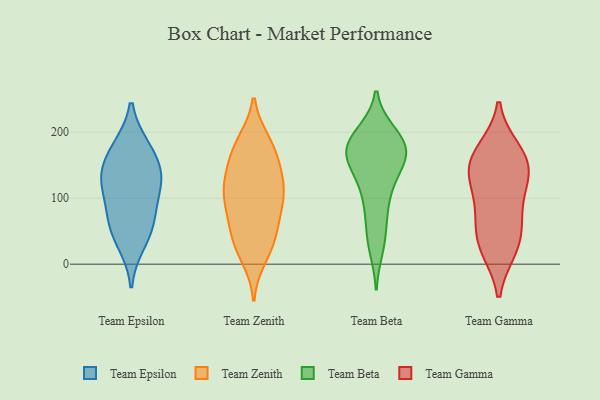
{"axis": {"x": "Production Output", "y": "Value"}, "legend": ["Team Beta", "Team Epsilon", "Team Gamma", "Team Zenith"], "data": [{"x": "", "y": 127, "type": "Team Epsilon"}, {"x": "", "y": 142, "type": "Team Epsilon"}, {"x": "", "y": 176, "type": "Team Epsilon"}, {"x": "", "y": 120, "type": "Team Epsilon"}, {"x": "", "y": 177, "type": "Team Epsilon"}, {"x": "", "y": 84, "type": "Team Epsilon"}, {"x": "", "y": 32, "type": "Team Epsilon"}, {"x": "", "y": 53, "type": "Team Epsilon"}, {"x": "", "y": 68, "type": "Team Epsilon"}, {"x": "", "y": 132, "type": "Team Epsilon"}, {"x": "", "y": 121, "type": "Team Zenith"}, {"x": "", "y": 79, "type": "Team Zenith"}, {"x": "", "y": 124, "type": "Team Zenith"}, {"x": "", "y": 23, "type": "Team Zenith"}, {"x": "", "y": 43, "type": "Team Zenith"}, {"x": "", "y": 86, "type": "Team Zenith"}, {"x": "", "y": 178, "type": "Team Zenith"}, {"x": "", "y": 91, "type": "Team Zenith"}, {"x": "", "y": 11, "type": "Team Zenith"}, {"x": "", "y": 143, "type": "Team Zenith"}, {"x": "", "y": 134, "type": "Team Zenith"}, {"x": "", "y": 185, "type": "Team Zenith"}, {"x": "", "y": 165, "type": "Team Zenith"}, {"x": "", "y": 181, "type": "Team Zenith"}, {"x": "", "y": 100, "type": "Team Zenith"}, {"x": "", "y": 110, "type": "Team Zenith"}, {"x": "", "y": 38, "type": "Team Zenith"}, {"x": "", "y": 49, "type": "Team Zenith"}, {"x": "", "y": 25, "type": "Team Beta"}, {"x": "", "y": 165, "type": "Team Beta"}, {"x": "", "y": 187, "type": "Team Beta"}, {"x": "", "y": 65, "type": "Team Beta"}, {"x": "", "y": 173, "type": "Team Beta"}, {"x": "", "y": 91, "type": "Team Beta"}, {"x": "", "y": 165, "type": "Team Beta"}, {"x": "", "y": 116, "type": "Team Beta"}, {"x": "", "y": 147, "type": "Team Beta"}, {"x": "", "y": 167, "type": "Team Beta"}, {"x": "", "y": 198, "type": "Team Beta"}, {"x": "", "y": 165, "type": "Team Beta"}, {"x": "", "y": 152, "type": "Team Beta"}, {"x": "", "y": 194, "type": "Team Beta"}, {"x": "", "y": 38, "type": "Team Beta"}, {"x": "", "y": 110, "type": "Team Beta"}, {"x": "", "y": 192, "type": "Team Beta"}, {"x": "", "y": 129, "type": "Team Gamma"}, {"x": "", "y": 172, "type": "Team Gamma"}, {"x": "", "y": 43, "type": "Team Gamma"}, {"x": "", "y": 160, "type": "Team Gamma"}, {"x": "", "y": 24, "type": "Team Gamma"}, {"x": "", "y": 142, "type": "Team Gamma"}, {"x": "", "y": 160, "type": "Team Gamma"}, {"x": "", "y": 24, "type": "Team Gamma"}, {"x": "", "y": 124, "type": "Team Gamma"}, {"x": "", "y": 82, "type": "Team Gamma"}, {"x": "", "y": 71, "type": "Team Gamma"}]}